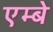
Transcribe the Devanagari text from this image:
एम्बे